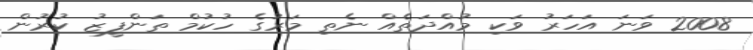
2008 ވަނަ އަހަރު ވަކި މުއްދަތެއް ނެތި މަރުގެ ހުކުމް ތަންފީޒު ކުރުން